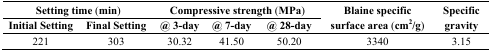
<table><thead><tr><td colspan="2"><b>Setting time (min)</b></td><td colspan="3"><b>Compressive strength (MPa)</b></td><td rowspan="2"><b>Blaine specificsurface area (cm<sup>2</sup>/g)</b></td><td rowspan="2"><b>Specific gravity</b></td></tr><tr><td><b>Initial Setting</b></td><td><b>Final Setting</b></td><td><b>@ 3-day</b></td><td><b>@ 7-day</b></td><td><b>@ 28-day</b></td></tr></thead><tbody><tr><td>221</td><td>303</td><td>30.32</td><td>41.50</td><td>50.20</td><td>3340</td><td>3.15</td></tr></tbody></table>